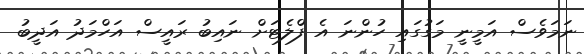
ނަމަވެސް އަމީނީ މަގުގައި ހުންނަ އެ ފްލެޓަށް ނައިބު ރައީސް އަހްމަދު އަދީބު